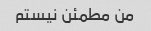
من مطمئن نیستم